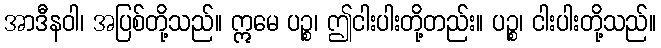
အာဒီနဝါ၊ အပြစ်တို့သည်။ ဣမေ ပဉ္စ၊ ဤငါးပါးတို့တည်း။ ပဉ္စ၊ ငါးပါးတို့သည်။